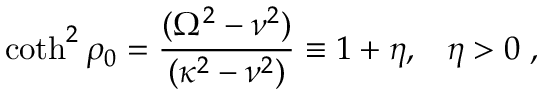
\coth ^ { 2 } \rho _ { 0 } = { \frac { ( \Omega ^ { 2 } - \nu ^ { 2 } ) } { ( \kappa ^ { 2 } - \nu ^ { 2 } ) } } \equiv 1 + \eta , \; \; \; \eta > 0 \; ,